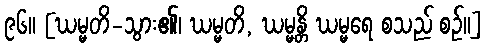
၉၆။ [ဃမ္မတိ-သွား၏၊ ဃမ္မတိ, ဃမ္မန္တိ ဃမ္မရေ စသည် စဉ်။]